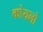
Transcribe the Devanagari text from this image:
कोयलो